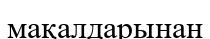
мақалдарынан